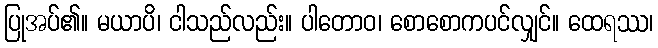
ပြုအပ်၏။ မယာပိ၊ ငါသည်လည်း။ ပါတောဝ၊ စောစောကပင်လျှင်။ ထေရဿ၊